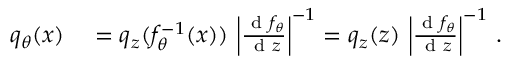
\begin{array} { r l } { q _ { { \theta } } ( x ) } & { { } = q _ { z } ( f _ { { \theta } } ^ { - 1 } ( x ) ) \, \left| \frac { \textrm { d } f _ { { \theta } } } { \textrm { d } { z } } \right| ^ { - 1 } = q _ { z } ( { z } ) \, \left| \frac { \textrm { d } f _ { { \theta } } } { \textrm { d } { z } } \right| ^ { - 1 } \, . } \end{array}